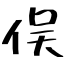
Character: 俣